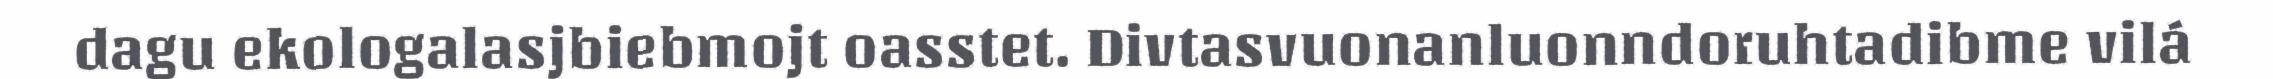
dagu ekologalasjbiebmojt oasstet. Divtasvuonanluonndoruhtadibme vilá